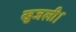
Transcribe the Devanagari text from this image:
खुजली।